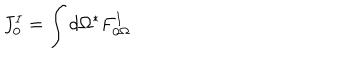
LaTeX: J _ { 0 } ^ { I } = \int d \Omega { } ^ { * } F _ { 0 \Omega } ^ { I }